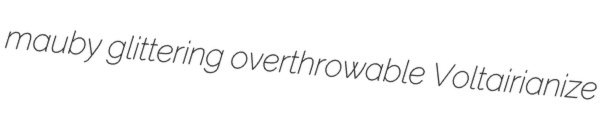
mauby glittering overthrowable Voltairianize